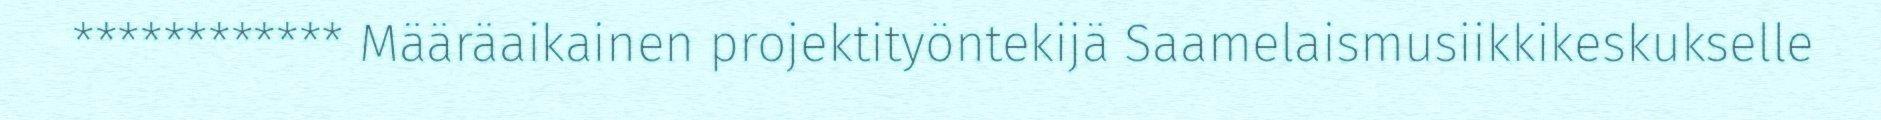
************ Määräaikainen projektityöntekijä Saamelaismusiikkikeskukselle